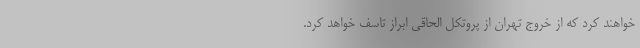
خواهند کرد که از خروج تهران از پروتکل الحاقی ابراز تاسف خواهد کرد.